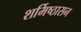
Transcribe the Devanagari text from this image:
शर्मिष्ठासन